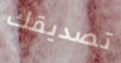
تصديقك